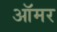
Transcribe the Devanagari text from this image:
ऑमर